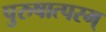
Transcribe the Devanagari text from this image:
पुरुषात्परम्